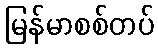
မြန်မာစစ်တပ်